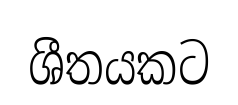
ශීතයකට